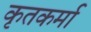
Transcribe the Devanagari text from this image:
कृतकर्मा